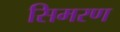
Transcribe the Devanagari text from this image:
सिमरण